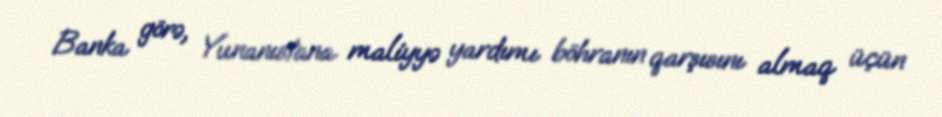
Banka görə, Yunanıstana maliyyə yardımı böhranın qarşısını almaq üçün